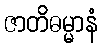
ဇာတိဓမ္မာနံ